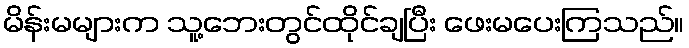
မိန်းမများက သူ့ဘေးတွင်ထိုင်ချပြီး ဖေးမပေးကြသည်။